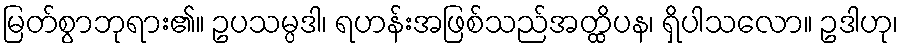
မြတ်စွာဘုရား၏။ ဥပသမ္ပဒါ၊ ရဟန်းအဖြစ်သည်အတ္ထိပန၊ ရှိပါသလော။ ဥဒါဟု၊